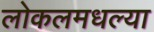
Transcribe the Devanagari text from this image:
लोकलमधल्या